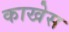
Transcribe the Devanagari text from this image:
काखेस